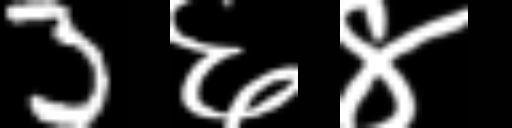
Text: 3६४